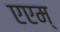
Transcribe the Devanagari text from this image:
एएम्